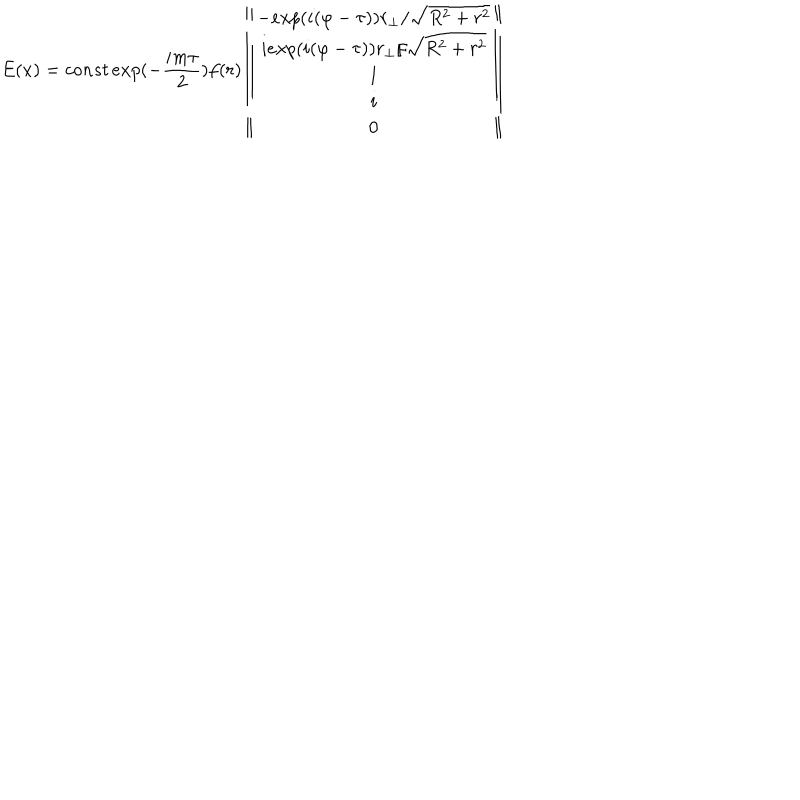
E ( x ) = c o n s t \, e x p ( - \frac { i m \tau } { 2 } ) f ( r ) \left\| \begin{array} { c } { { - e x p ( i ( \varphi - \tau ) ) r _ { \bot } / \sqrt { R ^ { 2 } + r ^ { 2 } } } } \\ { { i e x p ( i ( \varphi - \tau ) ) r _ { \bot } / \sqrt { R ^ { 2 } + r ^ { 2 } } } } \\ { { 1 } } \\ { { i } } \\ { { 0 } } \\ \end{array} \right\|